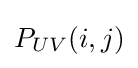
P_{UV}(i,j)